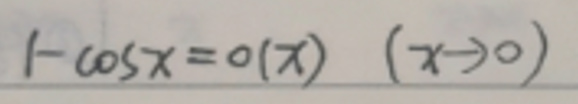
$1 - \cos x = o(x) \ (x \to 0)$